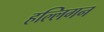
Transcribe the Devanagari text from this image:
हल्लिगन